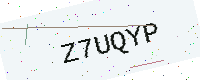
Text: Z7UQYP